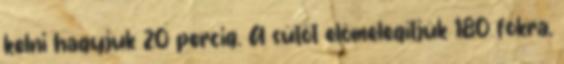
kelni hagyjuk 20 percig. A sütőt előmelegítjük 180 fokra,